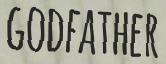
GODFATHER